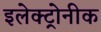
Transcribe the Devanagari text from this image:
इलेक्ट्रोनीक